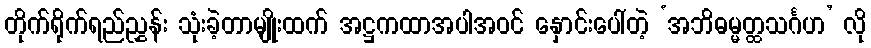
တိုက်ရိုက်ရည်ညွှန်း သုံးခဲ့တာမျိုးထက် အဋ္ဌကထာအပါအဝင် နှောင်းပေါ်တဲ့ ‘အဘိဓမ္မတ္ထသင်္ဂဟ’ လို